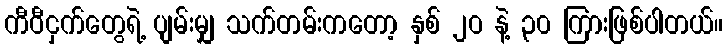
ကီဝီငှက်တွေရဲ့ ပျမ်းမျှ သက်တမ်းကတော့ နှစ် ၂ဝ နဲ့ ၃၀ ကြားဖြစ်ပါတယ်။